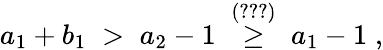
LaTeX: a_{1}+b_{1}\; >\; a_{2}-1\; \stackrel{(\ref{eq:Dbm})}{\geq}\; a_{1}-1\; ,